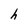
Character: h